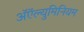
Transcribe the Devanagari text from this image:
अॅऍल्युमिनियम